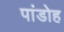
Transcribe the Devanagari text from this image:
पांडोह